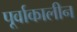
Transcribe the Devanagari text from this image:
पूर्वाकालीन